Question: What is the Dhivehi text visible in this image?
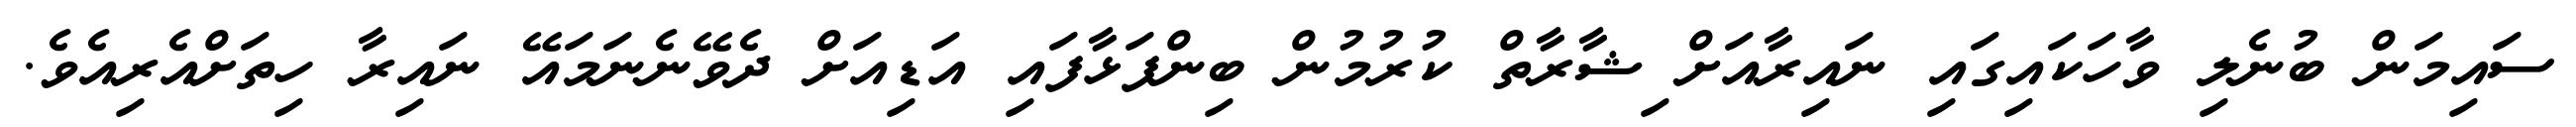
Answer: ސައިމަން ބުނެލި ވާހަކައިގައި ނައިރާއަށް ިޝާރާތް ކުރުމުން ބިންފަޅާފައި އަޑިއަށް ދެވޭނެނަމައޭ ނައިރާ ހިތަށްއެރިއެވެ.